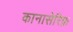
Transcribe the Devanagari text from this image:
कानासेरिफ़